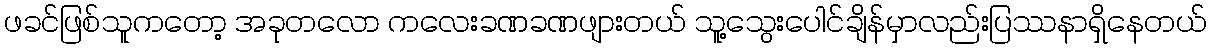
ဖခင်ဖြစ်သူကတော့ အခုတလော ကလေးခဏခဏဖျားတယ် သူ့သွေးပေါင်ချိန်မှာလည်းပြဿနာရှိနေတယ်